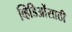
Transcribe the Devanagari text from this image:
व्हिडिओंसाठी